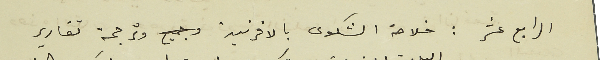
الرابع عشر : خلاصة الشكوى بالافرنسية وترجمة تقارير